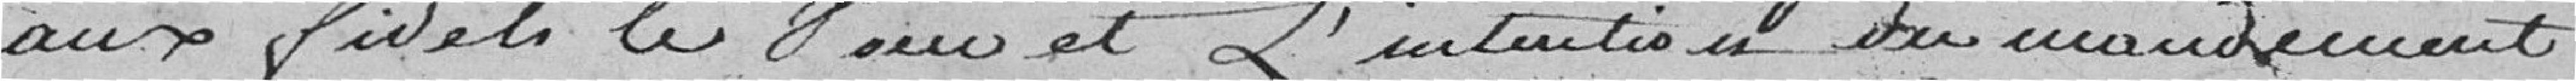
aux fidèles le pour et L'intention du mandement